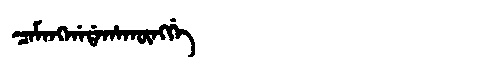
Manchu: ᠴᠠᠮᠠᠩᡤᠠᡩᠠᡥᠠᡴᡡᠩᡤᡝ
Romanization: CAMANGGADAHAKŪNGGE